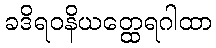
ခဒိရဝနိယတ္ထေရဂါထာ